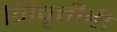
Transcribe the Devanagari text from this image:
निवृत्तीही